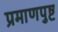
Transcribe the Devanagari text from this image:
प्रमाणपुष्ट